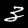
Digit: 3